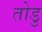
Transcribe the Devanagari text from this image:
तोडु